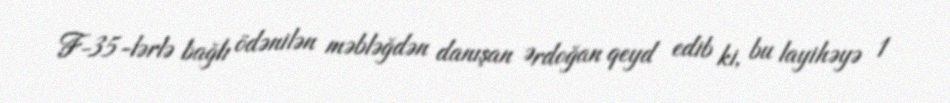
F-35-lərlə bağlı ödənilən məbləğdən danışan Ərdoğan qeyd edib ki, bu layihəyə 1